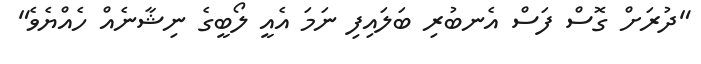
"ދުރަށް ގޮސް ފަސް އެނބުރި ބަލައިފި ނަމަ އެއީ ލޯބީގެ ނިޝާނެއް ހެއްޔެވެ"